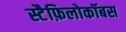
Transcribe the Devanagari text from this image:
स्टैफ़िलोकॉबस